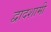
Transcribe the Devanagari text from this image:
द्वादशामी